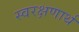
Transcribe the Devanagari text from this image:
स्वरक्षणार्थ